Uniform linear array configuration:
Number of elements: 8
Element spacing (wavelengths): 1
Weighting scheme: binomial
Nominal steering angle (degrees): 0
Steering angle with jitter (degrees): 1.624
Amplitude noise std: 0.05
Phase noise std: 0.05

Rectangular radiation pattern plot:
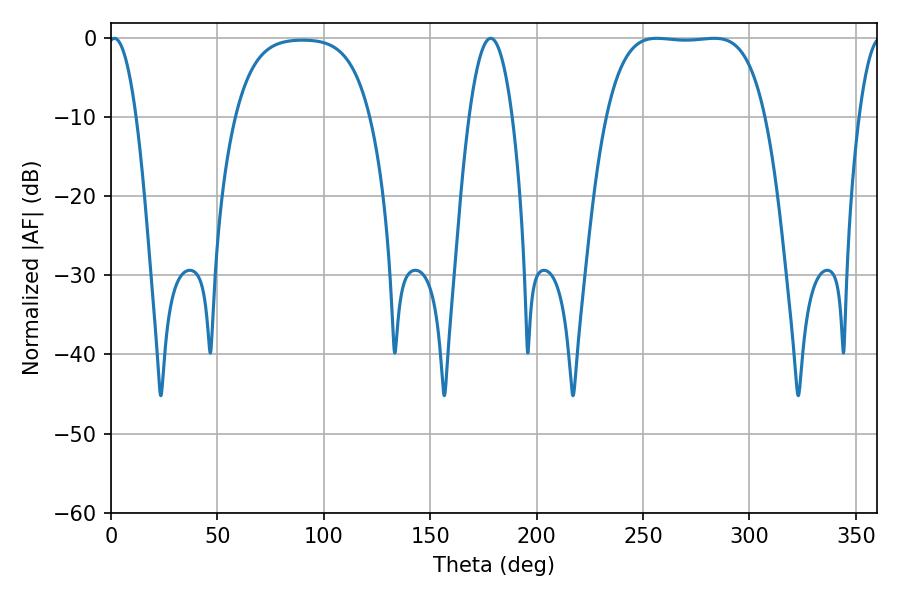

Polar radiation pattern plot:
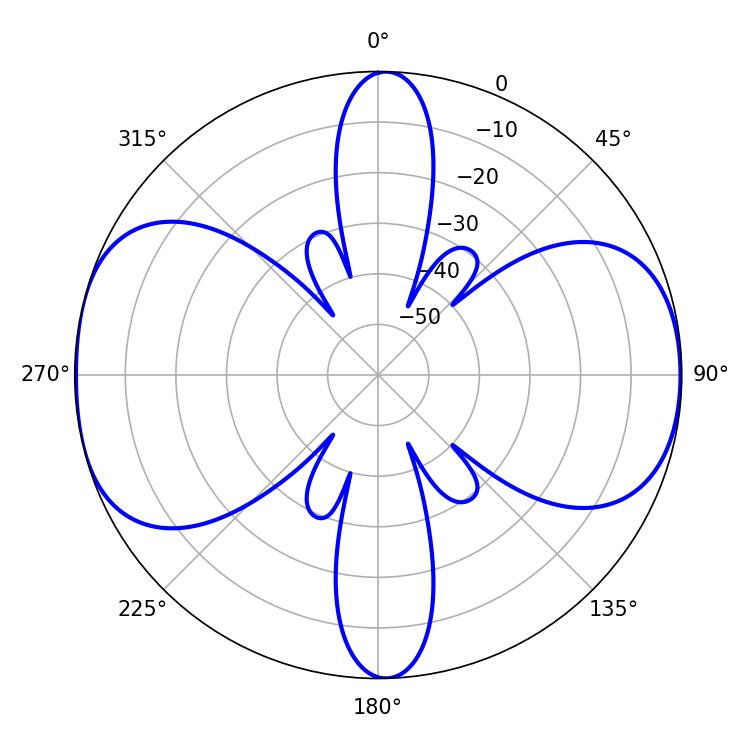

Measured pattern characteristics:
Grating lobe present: TRUE
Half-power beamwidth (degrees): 57.96
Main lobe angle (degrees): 256.5